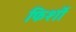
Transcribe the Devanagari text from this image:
फिर्शो